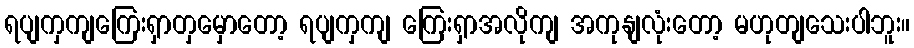
ရပျကှကျကြေးရှာတှမှောတော့ ရပျကှကျ ကြေးရှာအလိုကျ အကုနျလုံးတော့ မဟုတျသေးပါဘူး။